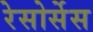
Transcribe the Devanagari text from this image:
रेसोर्सेस